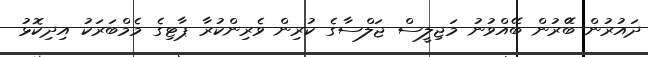
ދައުރުން ބޭުރުން ބޭއްވުނު މަޖިލީސް ޖަލްސާގެ ކުރިން ވެރިންކުރާ ޕާޓިގެ މެމްބަރަކު އިދިކޮޅު